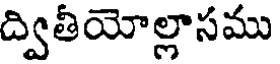
ద్వితీయోల్లాసము